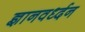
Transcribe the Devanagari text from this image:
ज्ञानवर्ध्दन